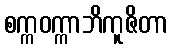
စက္ကဝက္ကာဘိကူဇိတာ